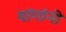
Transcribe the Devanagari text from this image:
यांगांनी